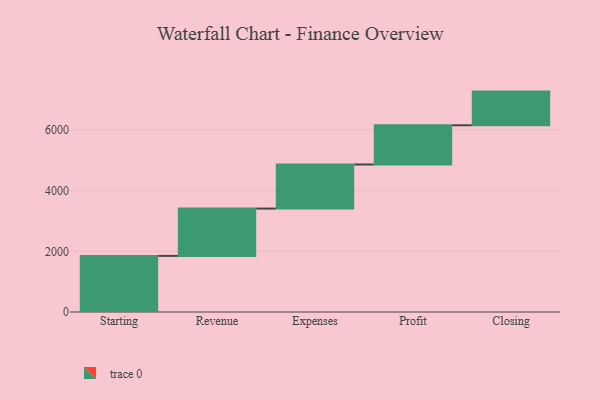
{"axis": {"x": "Step", "y": "Value"}, "legend": [""], "data": [{"x": "Starting", "y": 1849.0, "type": ""}, {"x": "Revenue", "y": 1559.0, "type": ""}, {"x": "Expenses", "y": 1453.0, "type": ""}, {"x": "Profit", "y": 1292.0, "type": ""}, {"x": "Closing", "y": 1110.0, "type": ""}]}